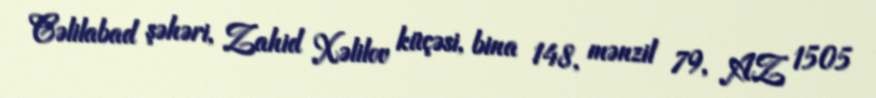
Cəlilabad şəhəri, Zahid Xəlilov küçəsi, bina 148, mənzil 79, AZ 1505